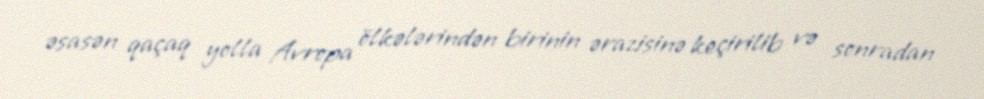
əsasən qaçaq yolla Avropa ölkələrindən birinin ərazisinə keçirilib və sonradan